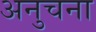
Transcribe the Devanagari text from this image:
अनुचना